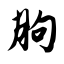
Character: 朐